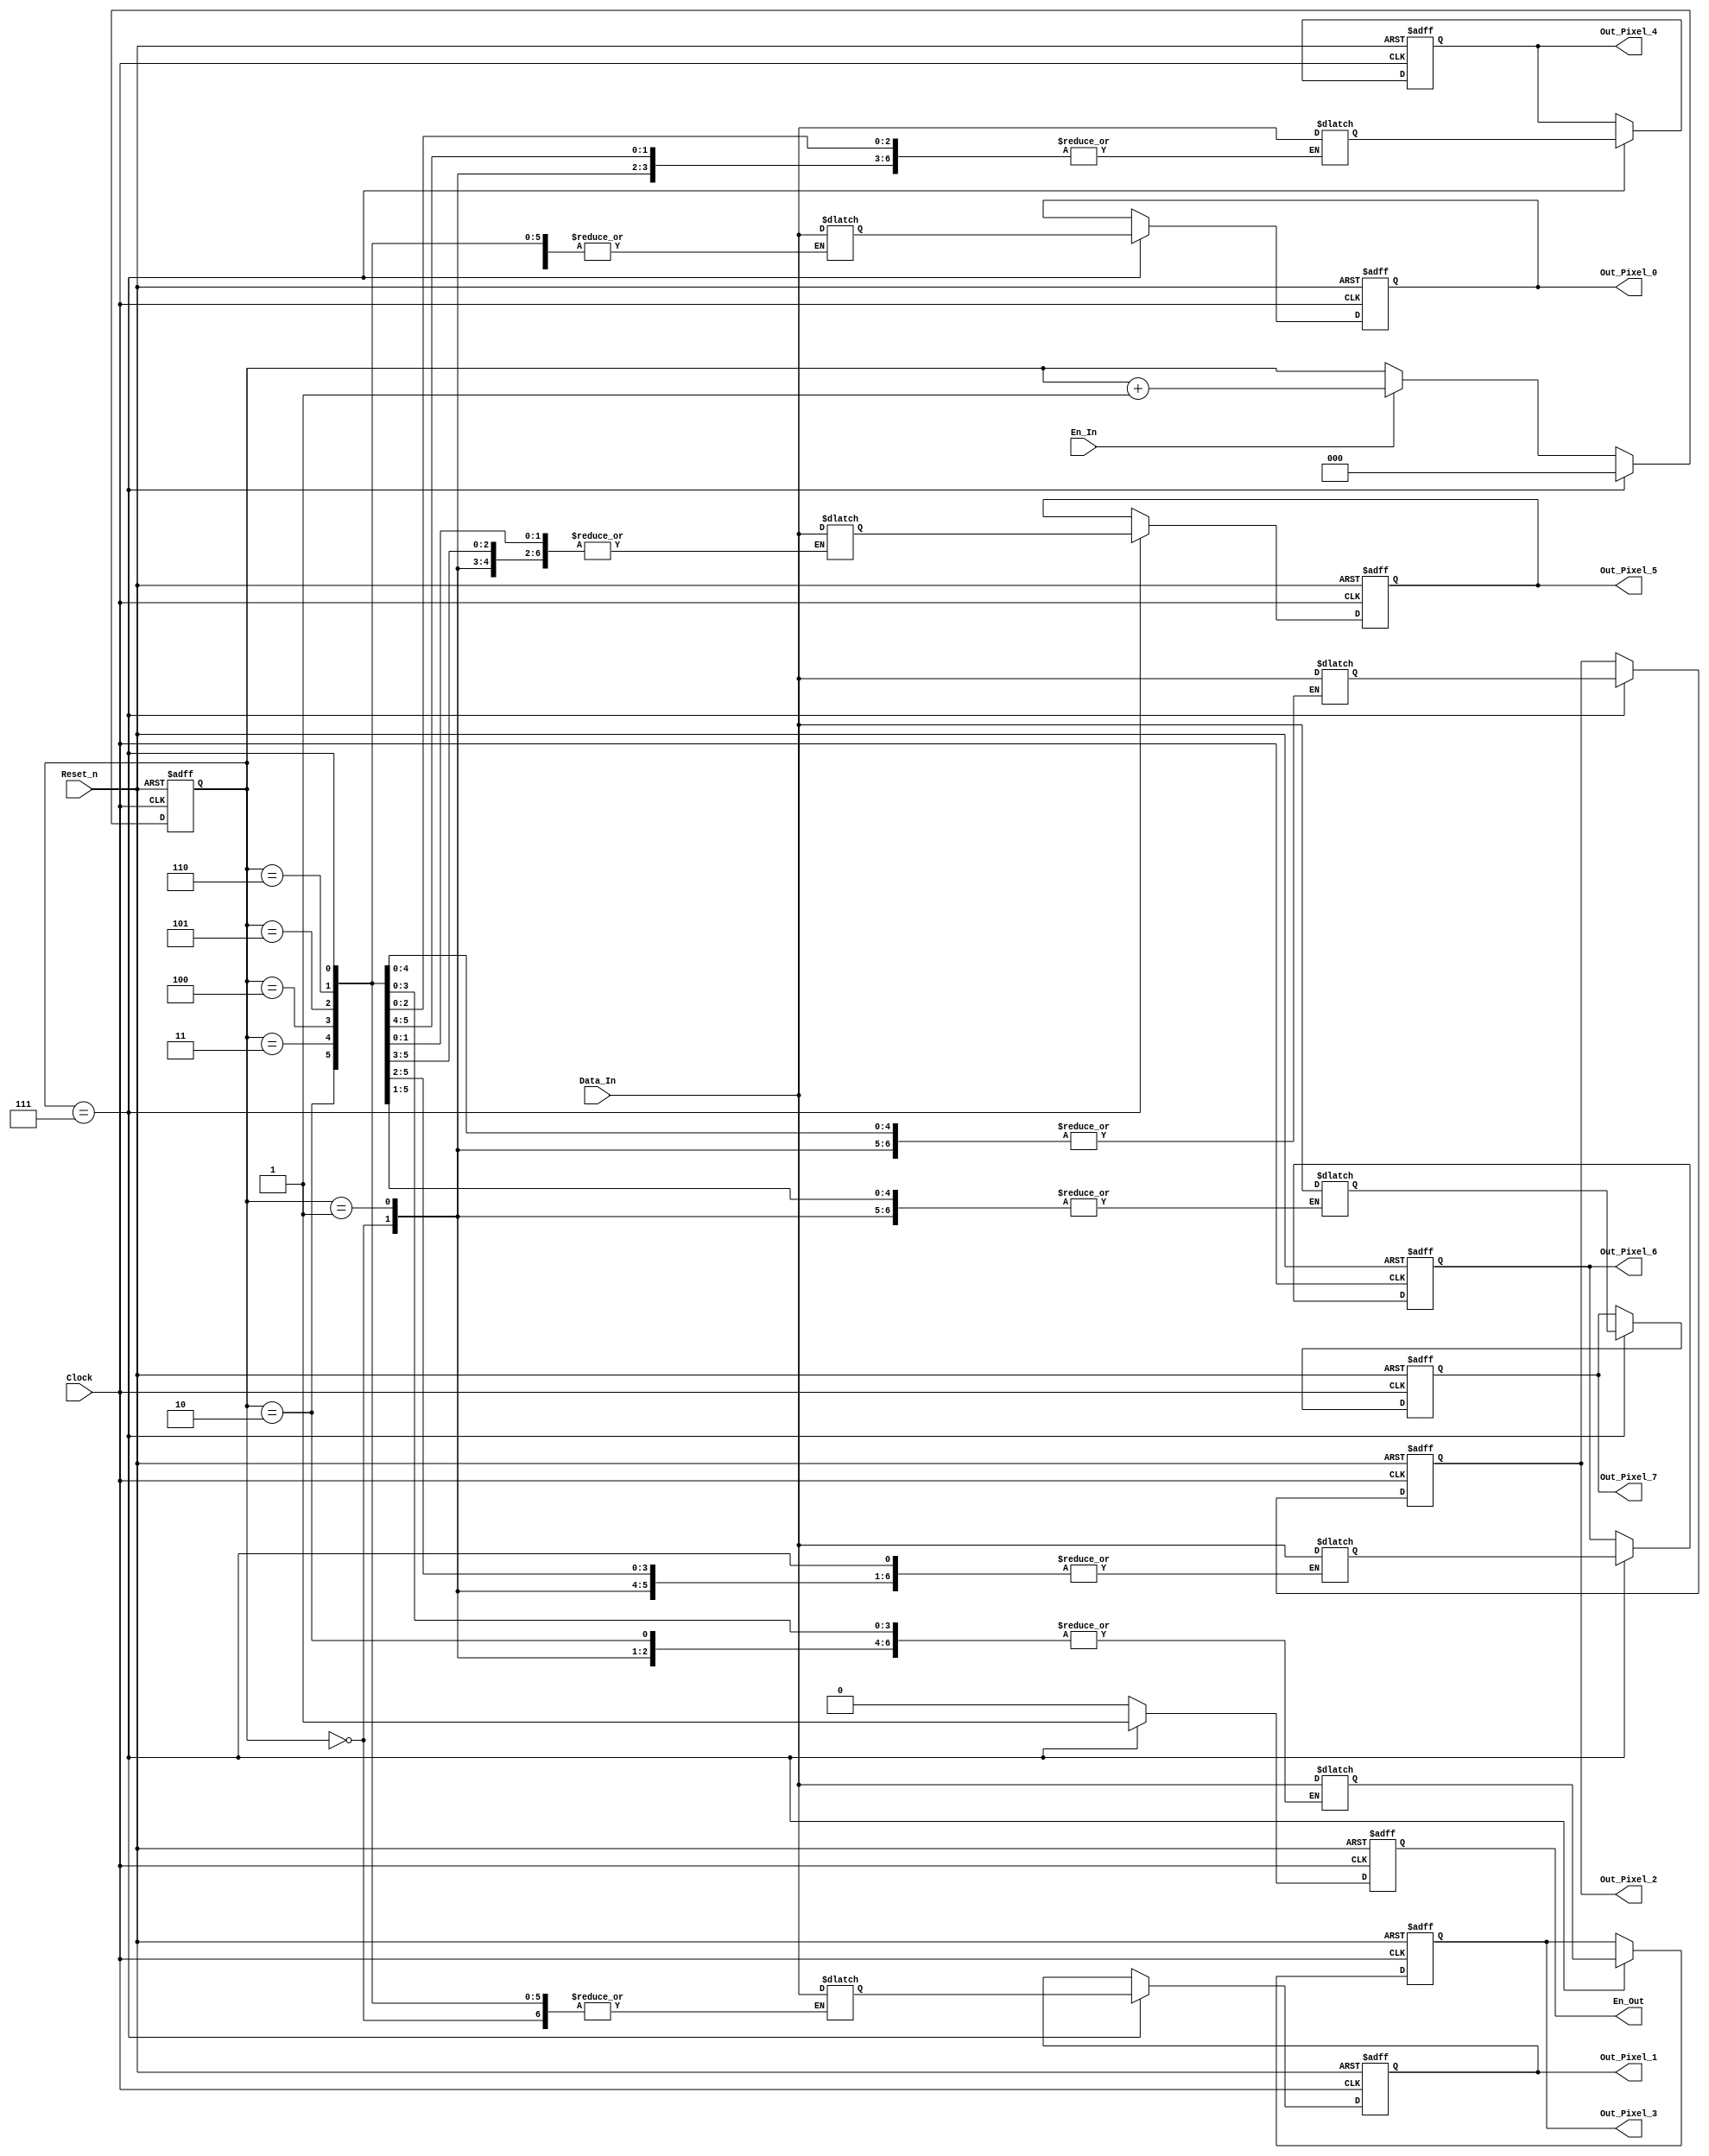
module Receive_8_Pixel(
Clock,
Reset_n,
Data_In,
En_In,
Out_Pixel_0,
Out_Pixel_1,
Out_Pixel_2,
Out_Pixel_3,
Out_Pixel_4,
Out_Pixel_5,
Out_Pixel_6,
Out_Pixel_7,
En_Out
);

parameter WIDTH = 8; //One pixel of data has an 8-bit width

input Clock;
input Reset_n;
input signed [WIDTH-1:0] Data_In;
input En_In;

output signed [WIDTH-1:0] Out_Pixel_0;
output signed [WIDTH-1:0] Out_Pixel_1;
output signed [WIDTH-1:0] Out_Pixel_2;
output signed [WIDTH-1:0] Out_Pixel_3;
output signed [WIDTH-1:0] Out_Pixel_4;
output signed [WIDTH-1:0] Out_Pixel_5;
output signed [WIDTH-1:0] Out_Pixel_6;
output signed [WIDTH-1:0] Out_Pixel_7;
output En_Out;

reg signed [WIDTH-1:0] Out_Pixel_0;
reg signed [WIDTH-1:0] Out_Pixel_1;
reg signed [WIDTH-1:0] Out_Pixel_2;
reg signed [WIDTH-1:0] Out_Pixel_3;
reg signed [WIDTH-1:0] Out_Pixel_4;
reg signed [WIDTH-1:0] Out_Pixel_5;
reg signed [WIDTH-1:0] Out_Pixel_6;
reg signed [WIDTH-1:0] Out_Pixel_7;
reg En_Out;

reg signed [WIDTH-1:0] Reg_Pixel_0;
reg signed [WIDTH-1:0] Reg_Pixel_1;
reg signed [WIDTH-1:0] Reg_Pixel_2;
reg signed [WIDTH-1:0] Reg_Pixel_3;
reg signed [WIDTH-1:0] Reg_Pixel_4;
reg signed [WIDTH-1:0] Reg_Pixel_5;
reg signed [WIDTH-1:0] Reg_Pixel_6;
reg signed [WIDTH-1:0] Reg_Pixel_7;

reg [2:0] Counter;  //Counter for 8 pixels
//Counter for 8 pixels
always @(posedge Clock or negedge Reset_n)
begin
    if(!Reset_n)
        Counter <= 3'b0;
    else if(Counter == 3'b111)
        Counter <= 3'b0;
    else if(En_In)
        Counter <= Counter + 3'b1;
    else
        Counter <= Counter;
end

//Combinational logic
//Serial input to parallel output
always @( * )
begin
    case (Counter)
        3'b000:begin Reg_Pixel_0 = Data_In; end 
        3'b001:begin Reg_Pixel_1 = Data_In; end
        3'b010:begin Reg_Pixel_2 = Data_In; end
        3'b011:begin Reg_Pixel_3 = Data_In; end
        3'b100:begin Reg_Pixel_4 = Data_In; end
        3'b101:begin Reg_Pixel_5 = Data_In; end
        3'b110:begin Reg_Pixel_6 = Data_In; end
        3'b111:begin Reg_Pixel_7 = Data_In; end
        default:begin 
                    Reg_Pixel_0 = 8'b0; 
                    Reg_Pixel_1 = 8'b0;
                    Reg_Pixel_2 = 8'b0;
                    Reg_Pixel_3 = 8'b0;
                    Reg_Pixel_4 = 8'b0;
                    Reg_Pixel_5 = 8'b0;
                    Reg_Pixel_6 = 8'b0;
                    Reg_Pixel_7 = 8'b0;
                end
        endcase
end

always @(posedge Clock or negedge Reset_n)
begin
    if(!Reset_n)
        En_Out <= 1'b0;
    else if(Counter == 3'b111)
        En_Out <= 1'b1;
    else
        En_Out <= 1'b0;
end

always @(posedge Clock or negedge Reset_n)
begin
    if(!Reset_n)
        begin
            Out_Pixel_0 <= 8'b0;
            Out_Pixel_1 <= 8'b0;
            Out_Pixel_2 <= 8'b0;
            Out_Pixel_3 <= 8'b0;
            Out_Pixel_4 <= 8'b0;
            Out_Pixel_5 <= 8'b0;
            Out_Pixel_6 <= 8'b0;
            Out_Pixel_7 <= 8'b0;
        end
    else if(Counter == 3'b111)
        begin
            Out_Pixel_0 <= Reg_Pixel_0;
            Out_Pixel_1 <= Reg_Pixel_1;
            Out_Pixel_2 <= Reg_Pixel_2;
            Out_Pixel_3 <= Reg_Pixel_3;
            Out_Pixel_4 <= Reg_Pixel_4;
            Out_Pixel_5 <= Reg_Pixel_5;
            Out_Pixel_6 <= Reg_Pixel_6;
            Out_Pixel_7 <= Reg_Pixel_7;
        end
    else
        begin
            Out_Pixel_0 <= Out_Pixel_0;
            Out_Pixel_1 <= Out_Pixel_1;
            Out_Pixel_2 <= Out_Pixel_2;
            Out_Pixel_3 <= Out_Pixel_3;
            Out_Pixel_4 <= Out_Pixel_4;
            Out_Pixel_5 <= Out_Pixel_5;
            Out_Pixel_6 <= Out_Pixel_6;
            Out_Pixel_7 <= Out_Pixel_7;
        end
end

endmodule